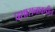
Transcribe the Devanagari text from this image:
प्रशासनाकडील